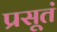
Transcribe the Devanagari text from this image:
प्रसूतं